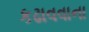
કઢાવવાના